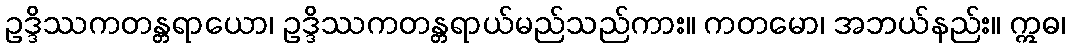
ဥဒ္ဒိဿကတန္တရာယော၊ ဥဒ္ဒိဿကတန္တရာယ်မည်သည်ကား။ ကတမော၊ အဘယ်နည်း။ ဣဓ၊